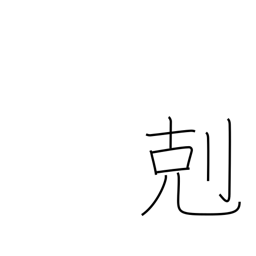
Meaning: victory